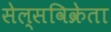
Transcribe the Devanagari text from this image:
सेल्सविक्रेता